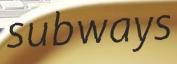
subways